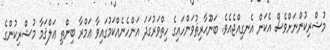
މުޝްރިކުންނަށްވެސް އެކަން އެނގިއްޖެއެވެ. ބަނޫޙާރިޘުވަންހައިގެ ހިތްވަރުގަދަ އަންހެނެއްކަމުގައިވާ ޢަމްރާ ބިންތި ޢަލްޤަމާ މުޝްރިކުންގެ